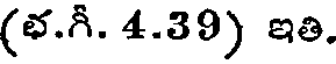
(భ.గీ. 4.39) ఇతి.